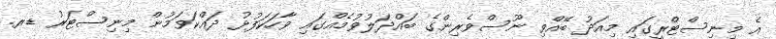
އެ މިނިސްޓްރީގައި މިއަދު ބޭއްވި ނޫސްވެރިންގެ ބައްދަލުވުމެއްގައި ވާހަކަފުޅު ދައްކަވަމުން މިނިސްޓަރު ޑރ.